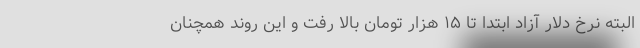
البته نرخ دلار آزاد ابتدا تا ۱۵ هزار تومان بالا رفت و این روند همچنان